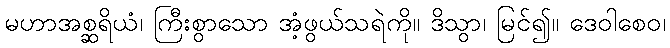
မဟာအစ္ဆရိယံ၊ ကြီးစွာသော အံ့ဖွယ်သရဲကို။ ဒိသွာ၊ မြင်၍။ ဒေဝါစေဝ၊